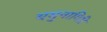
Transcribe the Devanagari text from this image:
यमुनागिरी